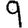
Digit: 9